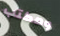
ومكتب